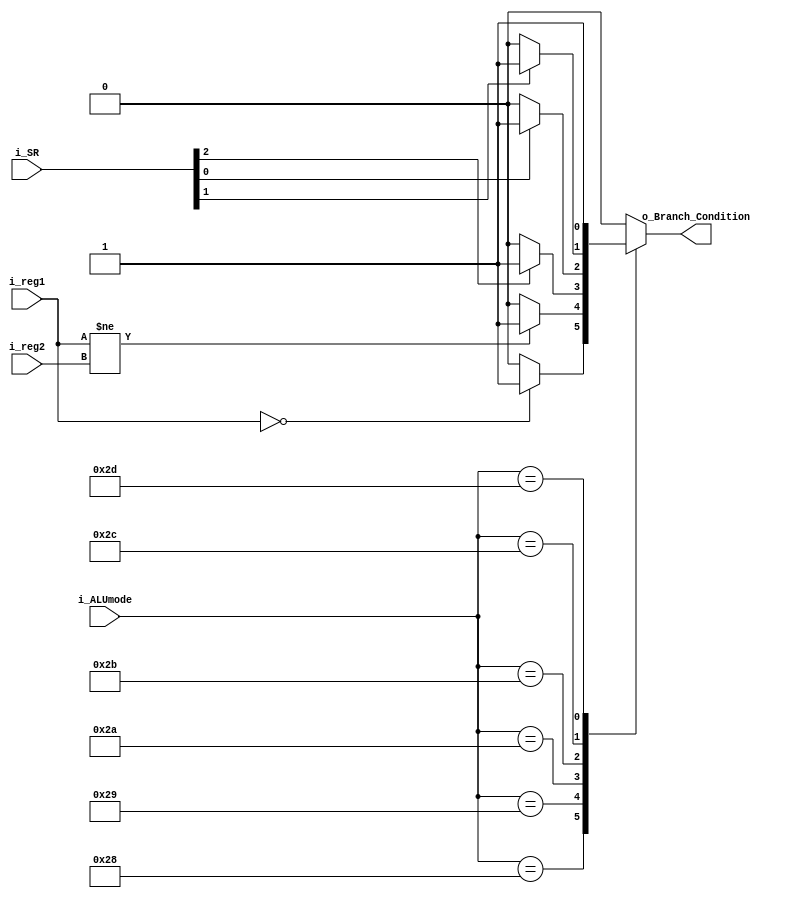
module CONDITION_CHECKER (
    input [15:0] i_reg1, i_reg2,
    input [3:0] i_SR,
    input [5:0] i_ALUmode,
    output reg o_Branch_Condition
);

always @(*) begin
    case(i_ALUmode)
        'b101000: o_Branch_Condition <= (i_reg1 == 'd0)? 1 : 0; //BEZ
        'b101001: o_Branch_Condition <= (i_reg1 != i_reg2)? 1 : 0; //BNE
        'b101010: o_Branch_Condition <= (i_SR[2] == 'd1)? 1 : 0; //BEC
        'b101011: o_Branch_Condition <= (i_SR[0] == 'd1)? 1 : 0; //BEO
        'b101100: o_Branch_Condition <= (i_SR[1] == 'd1)? 1 : 0; //BES
        'b101101: o_Branch_Condition <= 1;
        default: o_Branch_Condition <= 0;
    endcase
end
endmodule